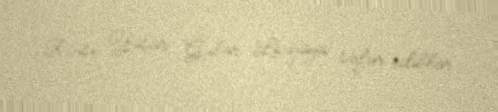
Rəisi Yaşar Gülər Liviyaya səfər ediblər.